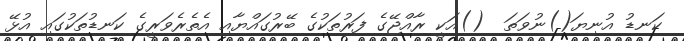
ކަނޑު އުނިޔަ()ނުވަތަ  ()އަކީ ރާއްޖޭގެ ފަރުތަކުގެ ބޭރުގައްޔާއި އެތެރެވަރީގެ ކަނޑުތަކުގައި އުޅޭ